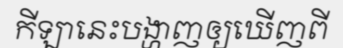
កីឡានេះបង្ហាញឲ្យឃើញពី